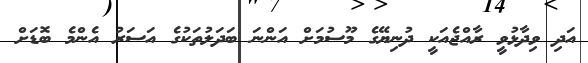
އަދި ވިދާޅުވީ ރާއްޖެއަކީ ދުނިޔޭގެ މޫސުމަށް އަންނަ ބަދަލުތަކުގެ އަސަރު އެންމެ ބޮޑަށް